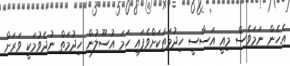
އެހެން ނަމަވެސް މިއީ އަސާސީ ހިދުމަތަކަށްވެފައި ހަމަ އުސޫލުން ހިދުމަތް ނުދެވުމަކީ ވަރަށް